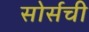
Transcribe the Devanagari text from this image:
सोर्सची